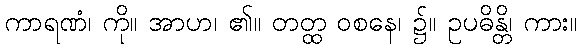
ကာရဏံ၊ ကို။ အာဟ၊ ၏။ တတ္ထ ဝစနေ၊ ၌။ ဥပဓိန္တိ၊ ကား။